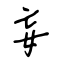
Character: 妄